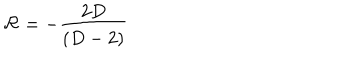
LaTeX: \mathcal { R } = - \frac { 2 D } { \left( D - 2 \right) }